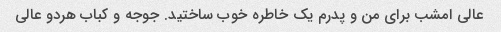
عالی امشب برای من و پدرم یک خاطره خوب ساختید. جوجه و کباب هردو عالی